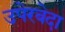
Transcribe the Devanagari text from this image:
उपेरबेदा